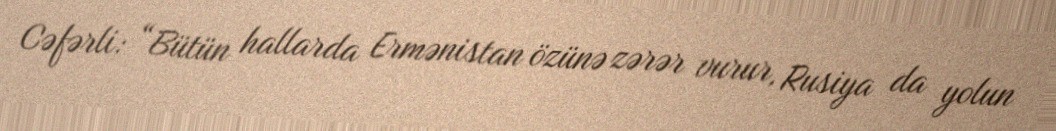
Cəfərli: “Bütün hallarda Ermənistan özünə zərər vurur, Rusiya da yolun